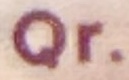
Qr.